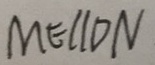
M E / / D N